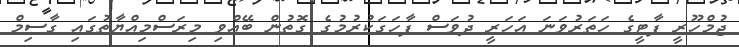
ޖުމްހޫރީ ޕާޓީގެ ހަތަރުވަނަ އަހަރީ ދުވަސް ފާހަގަކުރުމުގެ ގޮތުން ބޭއްވި މިރަސްމިއްޔާތުގައި ގާސިމް